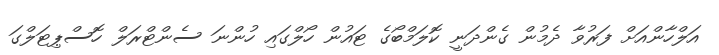
އަލްހާންއަށް ފަރުވާ ދެމުން ގެންދަނީ ކޮލަމްބޯގެ ޓައުން ހޯލްގައި ހުންނަ ސެންޓްރަލް ހޮސްޕިޓަލްގަ